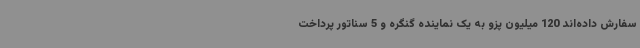
سفارش داده‌اند 120 میلیون پزو به یک نماینده گنگره و 5 سناتور پرداخت